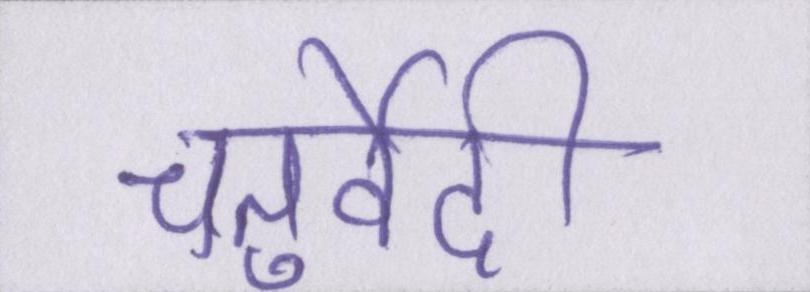
चतुर्वेदी